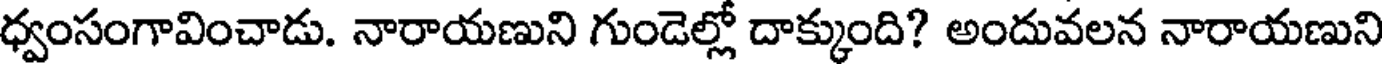
ధ్వంసంగావించాడు. నారాయణుని గుండెల్లో దాక్కుంది? అందువలన నారాయణుని